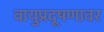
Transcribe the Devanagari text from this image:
वायुप्रदूषणावर